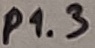
Text: P1.3